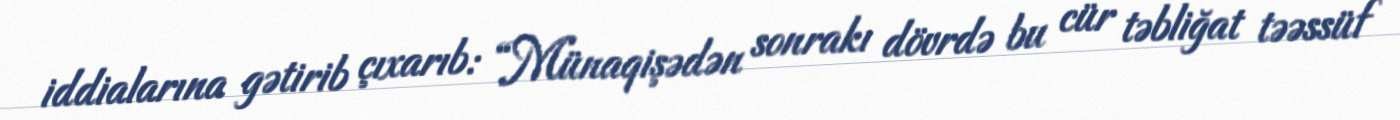
iddialarına gətirib çıxarıb: “Münaqişədən sonrakı dövrdə bu cür təbliğat təəssüf